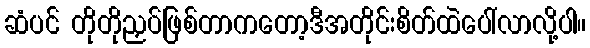
ဆံပင် တိုတိုညှပ်ဖြစ်တာကတော့ဒီအတိုင်းစိတ်ထဲပေါ်လာလို့ပါ။